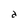
Character: a